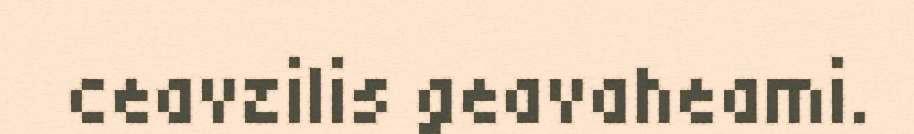
ceavzilis geavaheami.